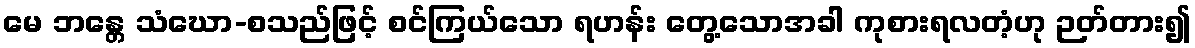
မေ ဘန္တေ သံဃော-စသည်ဖြင့် စင်ကြယ်သော ရဟန်း တွေ့သောအခါ ကုစားရလတံ့ဟု ဉတ်တား၍